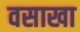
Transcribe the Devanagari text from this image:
वसाखा